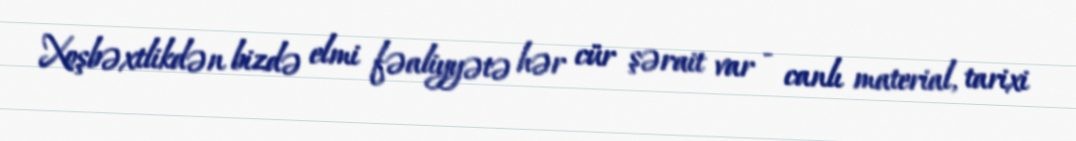
Xoşbəxtlikdən bizdə elmi fəaliyyətə hər cür şərait var - canlı material, tarixi